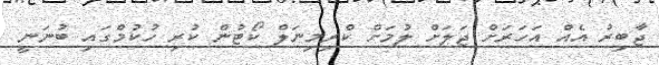
ޖާބިރު އެއް އަހަރަށް ޖަލަށް ލުމަށް ކްރިމިނަލް ކޯޓުން ކުރި ހުކުމްގައި ބުނަނީ